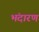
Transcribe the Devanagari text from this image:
भंदारण